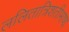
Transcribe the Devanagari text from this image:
ललितात्रिशतीभाष्य